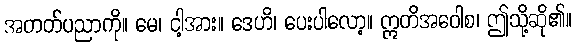
အတတ်ပညာကို။ မေ၊ ငါ့အား။ ဒေဟိ၊ ပေးပါလော့။ ဣတိအဝေါစ၊ ဤသို့ဆို၏။